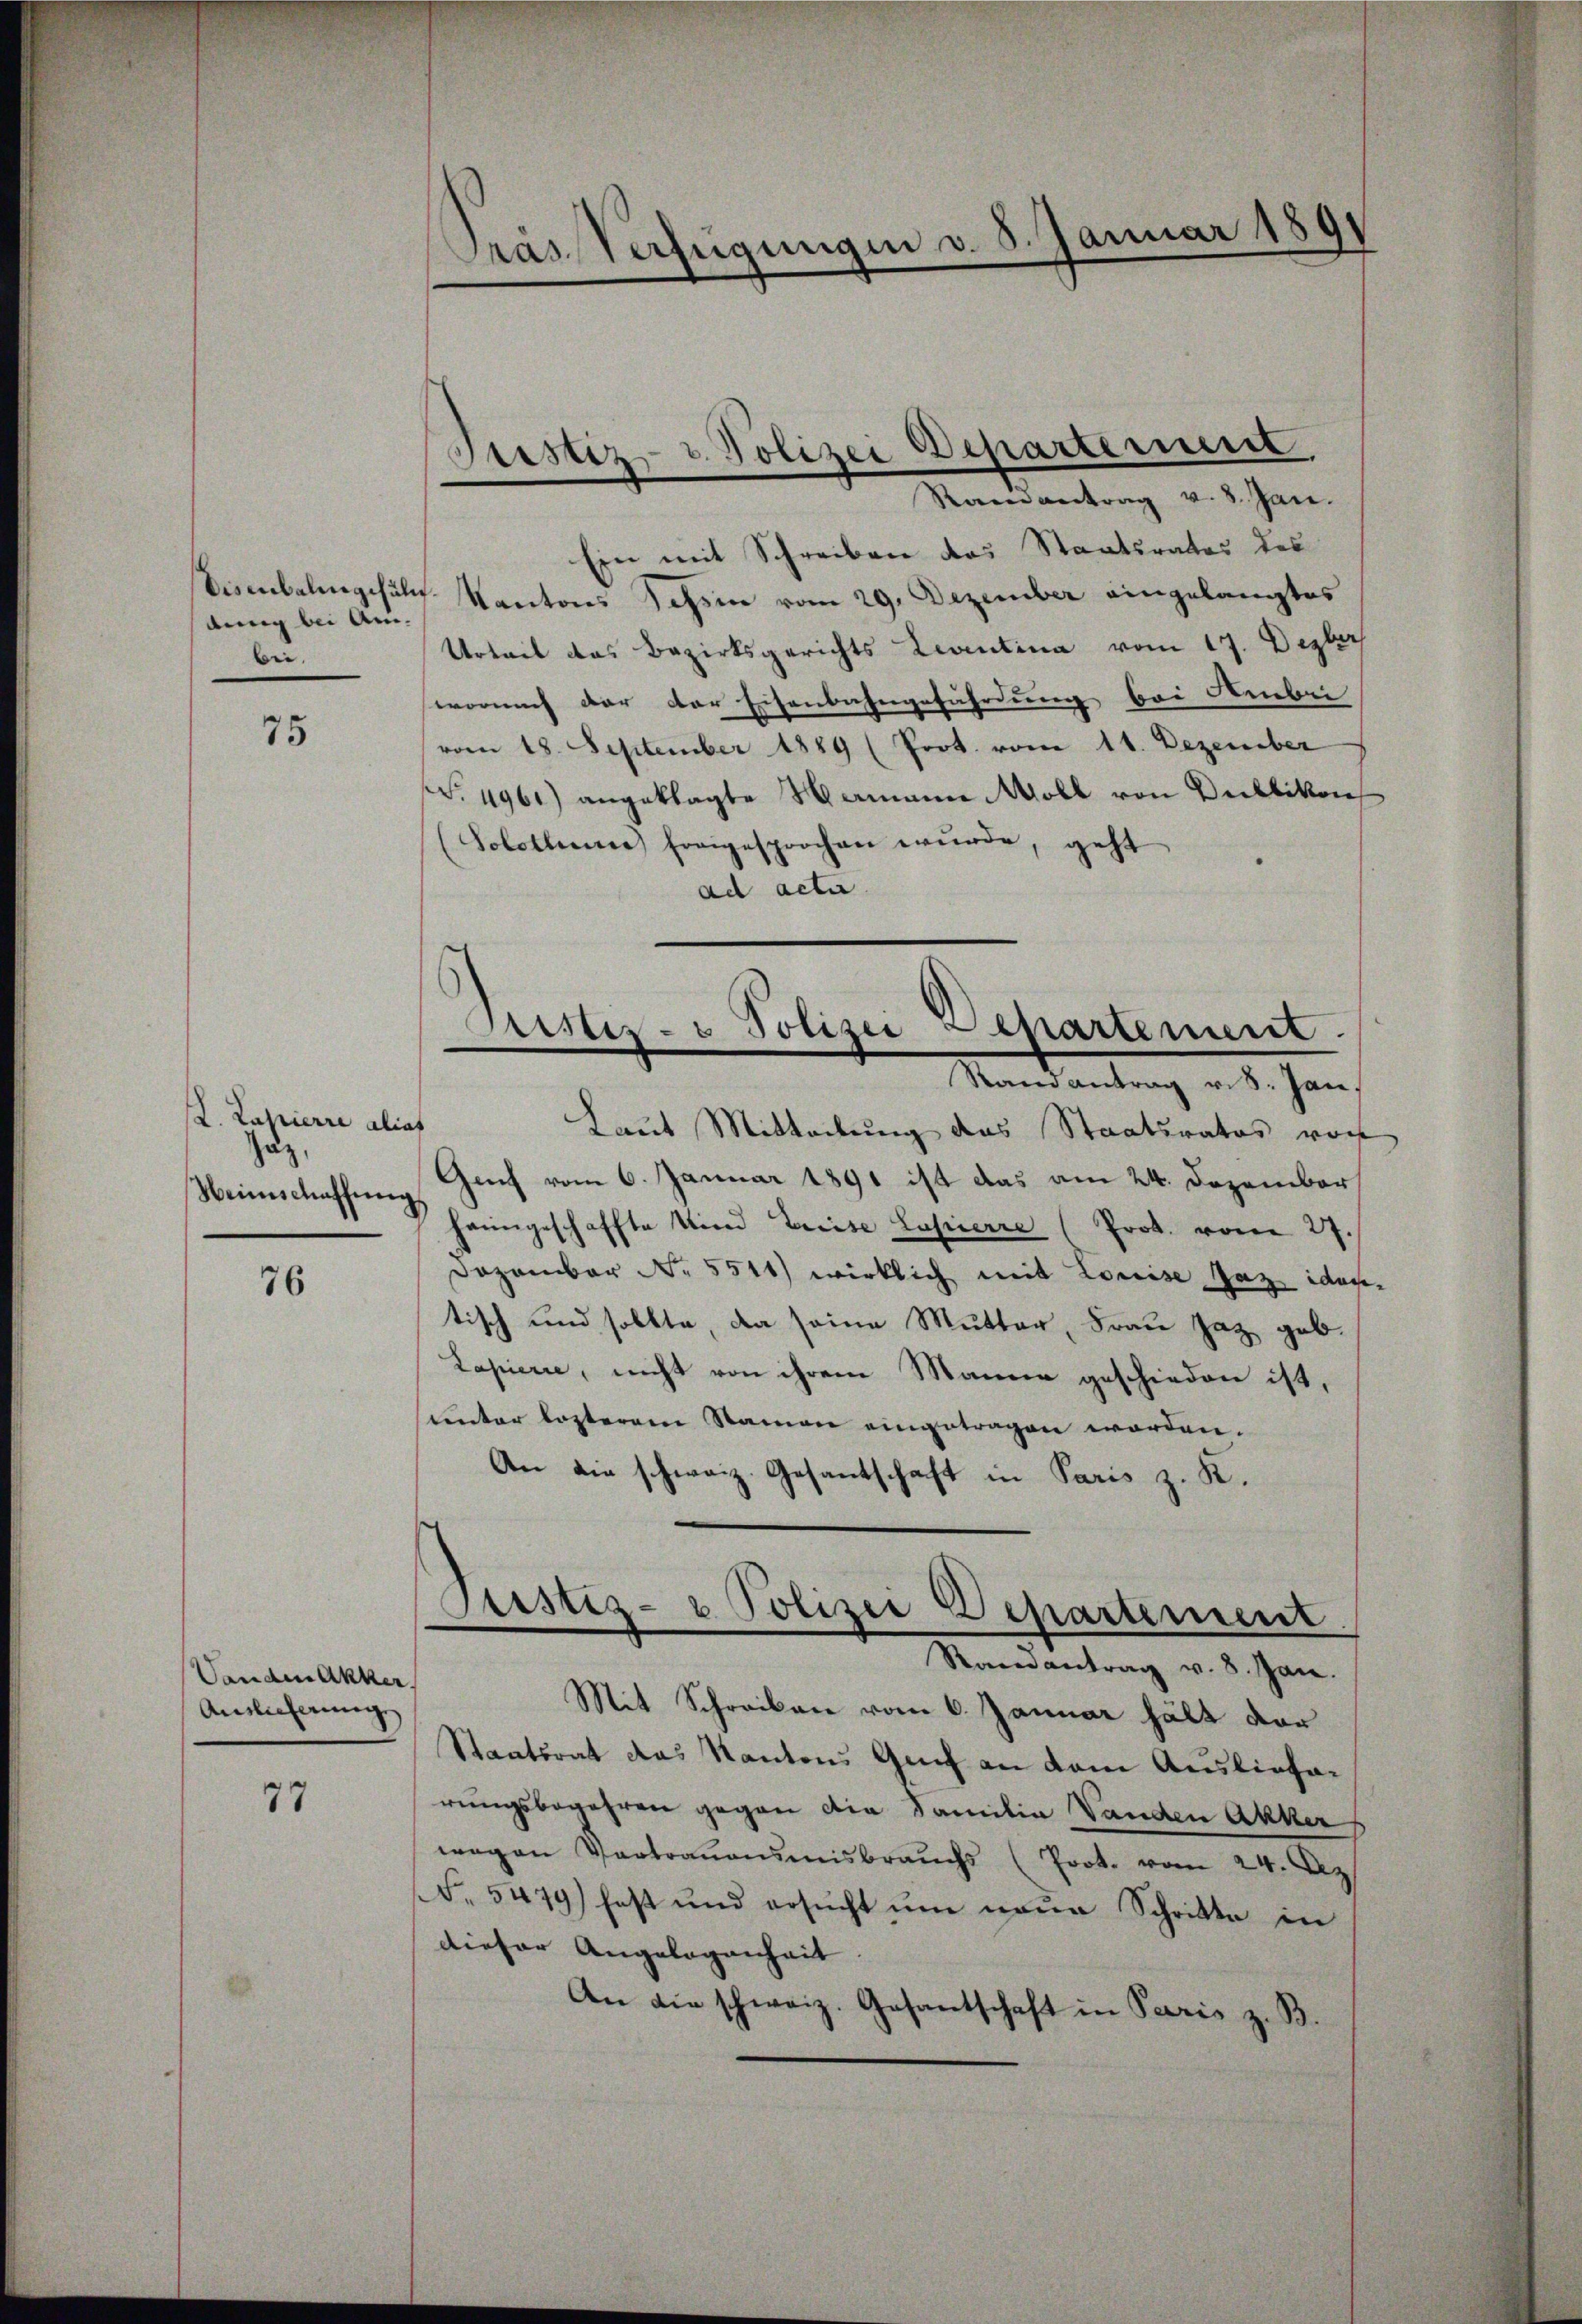
dung bei An-
ee.

75

V. Papierre aliat
Zuz,
Heimschaffung,

76

Vanden Akker
Antlicherung

77

Präs. Verfügungen v. 8. Januar 1891

Ein mit Schreiben das Staatsrates des
Eisenbalingschule Kantons Tessin vom 29. Dezember eingelangtes
Urteil das Bezirksgerichts Leventina vom 17. Dezbr
wornach der der Eisenbahngefährdung bei Amber
vom 18. September 1889 (Prot. vom 11. Dezember
(S. 4961) angeklagte Namann Moll von Publikon
(Solothum freigesprochen wŭrde, geht
ad actir

Justiz- & Polizei Departement
Raenantrag v. 8. Jan.

Sistiz- & Polizei Lepartement.
Randantrag v. 8. Jan.

Laut Mitteilung das Staatsrates von
Genf vom 6. Januar 1891 ist das am 24. Dezember
heimgeschaffte Kind Greise Lasserre (Prot. vom 27.
Dezember No. 5511) wirklich mit Louise Jaz identisch und sollte, da seine Mutter, Frau Jaz geb.
Lapierre, nicht von ihrem Manne geschieden ist,
unter lezterem Namen eingetragen worden.
An die schweiz. Gesantschaft in Paris z. K.
Justiz- & Polizei Departement
Randantrag v. 8. Jan.
Mit Schreiben vom 6. Januar hält vor
Staatsrat das Kantons Genf an dem Ausliefarŭngsbegehren gegen die Familia Vanden Akker
wegen Vertrauensmisbrauchs (Prot. vom 24. Ap
(S. 5479) fast und ersŭcht um neŭe Schritte in
dieser Angelogenheit
An die schweiz. Gesantschaft in Paris z. B.